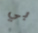
بي